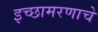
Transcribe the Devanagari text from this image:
इच्छामरणाचे